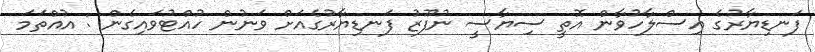
ފަނޑިޔާރުގެ އިސްލާހުވާން އޮތީ ސިޔާސީ ނުފޫޒު ފަނޑިޔާރުގެއަށް ވަނުން ހުއްޓުވައިގެން : އުއްތަމަ